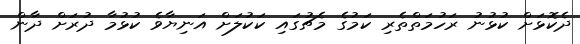
ދެކޮޅަށް ކުޅުނު ރަހުމަތްތެރި ކަމުގެ މެޗުގައި ކަކުލަށް އަނިޔާވެ ކުޅުމާ ދުރަށް ދާން